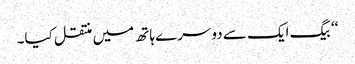
‘‘ بیگ ایک سے دوسرے ہاتھ میں منتقل کیا۔